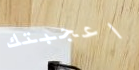
اعجبتك